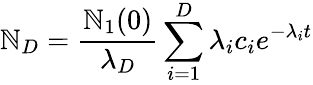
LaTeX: \mathbb{N}_{D}={\frac{{\mathbb{N}_{1}(0)}}{{\lambda_{D}}}}\sum_{i=1}^{D}\lambda_{i}c_{i}e^{-\lambda_{i}t}